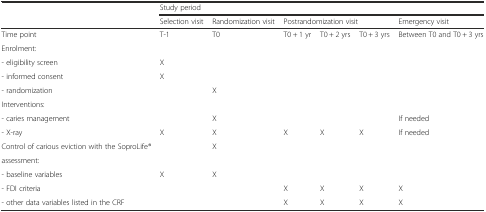
<table><thead><tr><td rowspan="2"></td><td colspan="6"><b>Study period</b></td></tr><tr><td><b>Selection visit</b></td><td><b>Randomization visit</b></td><td colspan="3"><b>Postrandomization visit</b></td><td><b>Emergency visit</b></td></tr></thead><tbody><tr><td>Time point</td><td>T-1</td><td>T0</td><td>T0 + 1 yr</td><td>T0 + 2 yrs</td><td>T0 + 3 yrs</td><td>Between T0 and T0 + 3 yrs</td></tr><tr><td>Enrolment:</td><td colspan="6"></td></tr><tr><td>- eligibility screen</td><td>X</td><td></td><td></td><td></td><td></td><td></td></tr><tr><td>- informed consent</td><td>X</td><td></td><td></td><td></td><td></td><td></td></tr><tr><td>- randomization</td><td></td><td>X</td><td></td><td></td><td></td><td></td></tr><tr><td>Interventions:</td><td colspan="6"></td></tr><tr><td>- caries management</td><td></td><td>X</td><td></td><td></td><td></td><td>If needed</td></tr><tr><td>- X-ray</td><td>X</td><td>X</td><td>X</td><td>X</td><td>X</td><td>If needed</td></tr><tr><td>Control of carious eviction with the SoproLife<i>®</i></td><td></td><td>X</td><td></td><td></td><td></td><td></td></tr><tr><td>assessment:</td><td colspan="6"></td></tr><tr><td>- baseline variables</td><td>X</td><td>X</td><td></td><td></td><td></td><td></td></tr><tr><td>- FDI criteria</td><td></td><td></td><td>X</td><td>X</td><td>X</td><td>X</td></tr><tr><td>- other data variables listed in the CRF</td><td></td><td></td><td>X</td><td>X</td><td>X</td><td>X</td></tr></tbody></table>